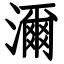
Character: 濔